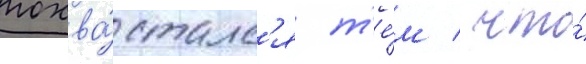
похва́сталс'я т'е́м / что́